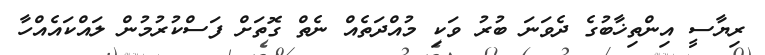
ރިޔާސީ އިންތިޚާބުގެ ދެވަނަ ބުރު ވަކި މުއްދަތެއް ނެތް ގޮތަށް ފަސްކުރުމުން ލައްކައެއްހާ